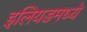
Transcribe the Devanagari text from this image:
इलियडमध्ये